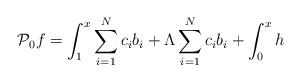
\begin{align*} \mathcal{P}_0 f= \int_1^x \sum_{i=1}^N c_i {b}_i+\Lambda\sum_{i=1}^N c_i {b}_i+\int_0^x h \end{align*}